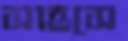
সাহসে